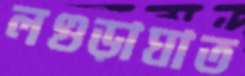
লগুড়াঘাত